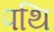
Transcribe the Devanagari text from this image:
पथि